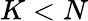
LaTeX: K<N